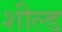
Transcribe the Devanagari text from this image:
शील्‍ड